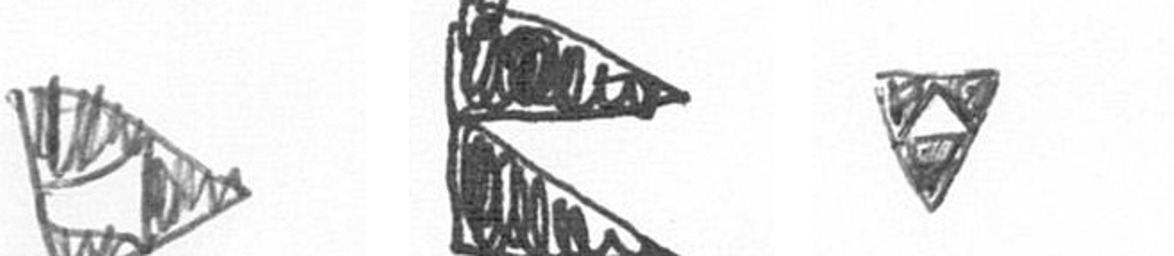
K P S